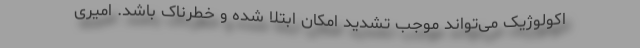
اکولوژیک می‌تواند موجب تشدید امکان ابتلا ‌شده و خطرناک باشد. امیری